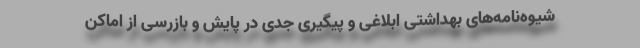
شیوه‌نامه‌های بهداشتی ابلاغی و پیگیری جدی در پایش و بازرسی از اماکن